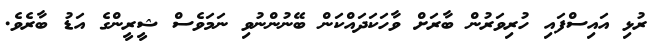
ރުޅި އައިސްފައި ހުރިވަރުން ބާރަށް ވާހަކަދައްކަން ބޭނުންނުވި ނަމަވެސް ޝީރީންގެ އަޑު ބާރެވެ.